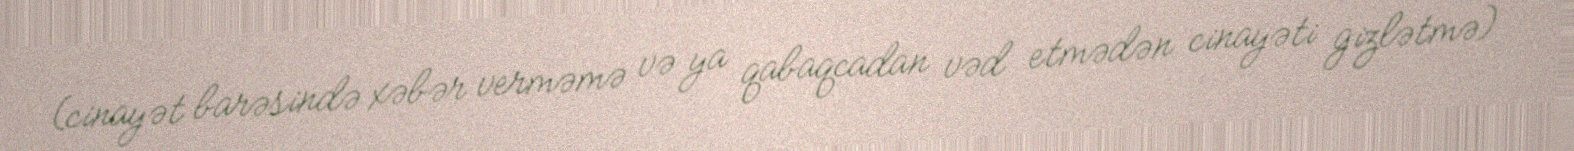
(cinayət barəsində xəbər verməmə və ya qabaqcadan vəd etmədən cinayəti gizlətmə)